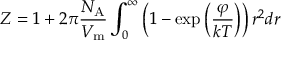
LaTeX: Z = 1 + 2 \pi { \frac { N _ { \mathrm { A } } } { V _ { \mathrm { m } } } } \int _ { 0 } ^ { \infty } \left( 1 - \exp \left( { \frac { \varphi } { k T } } \right) \right) r ^ { 2 } d r